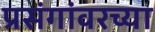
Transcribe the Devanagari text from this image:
प्रसंगांवरच्या